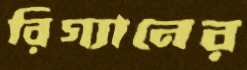
রিগ্যানের